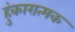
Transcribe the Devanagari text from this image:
हुंकारात्मक